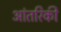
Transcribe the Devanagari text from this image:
आंतरिकी